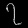
Digit: ၇